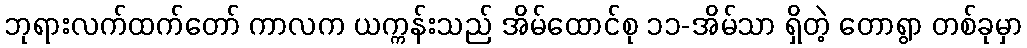
ဘုရားလက်ထက်တော် ကာလက ယက္ကန်းသည် အိမ်ထောင်စု ၁၁-အိမ်သာ ရှိတဲ့ တောရွာ တစ်ခုမှာ